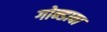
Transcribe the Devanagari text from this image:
गोन्डावा